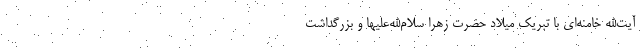
آیت‌الله خامنه‌ای با تبریک میلاد حضرت زهرا سلام‌الله‌علیها و بزرگداشت